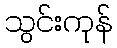
သွင်းကုန်